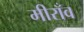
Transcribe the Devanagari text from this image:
मीराँव